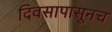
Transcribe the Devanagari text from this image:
दिवसापासूनच